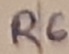
Text: R6